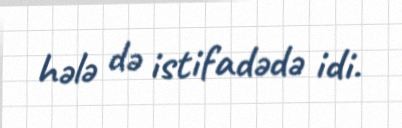
hələ də istifadədə idi.